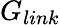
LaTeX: G_{link}